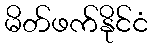
မိတ်ဖက်နိုင်ငံ